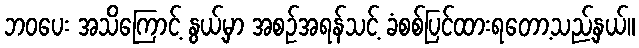
ဘဝပေး အသိကြောင့် နွယ့်မှာ အစဉ်အရန်သင့် ခံစစ်ပြင်ထားရတော့သည့်နှယ်။